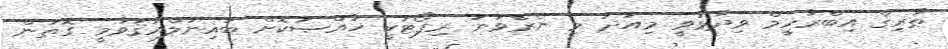
ޠާރިޤް އިބްރާހީމް ވިދާޅުވީ މިއަދު މި ނެރެވުނު ރިޕޯޓަކީ ޚާއްޞަކޮށް ބައިނަލްއަޤުވާމީ ގޮތުން